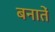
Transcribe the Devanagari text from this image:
बनातें